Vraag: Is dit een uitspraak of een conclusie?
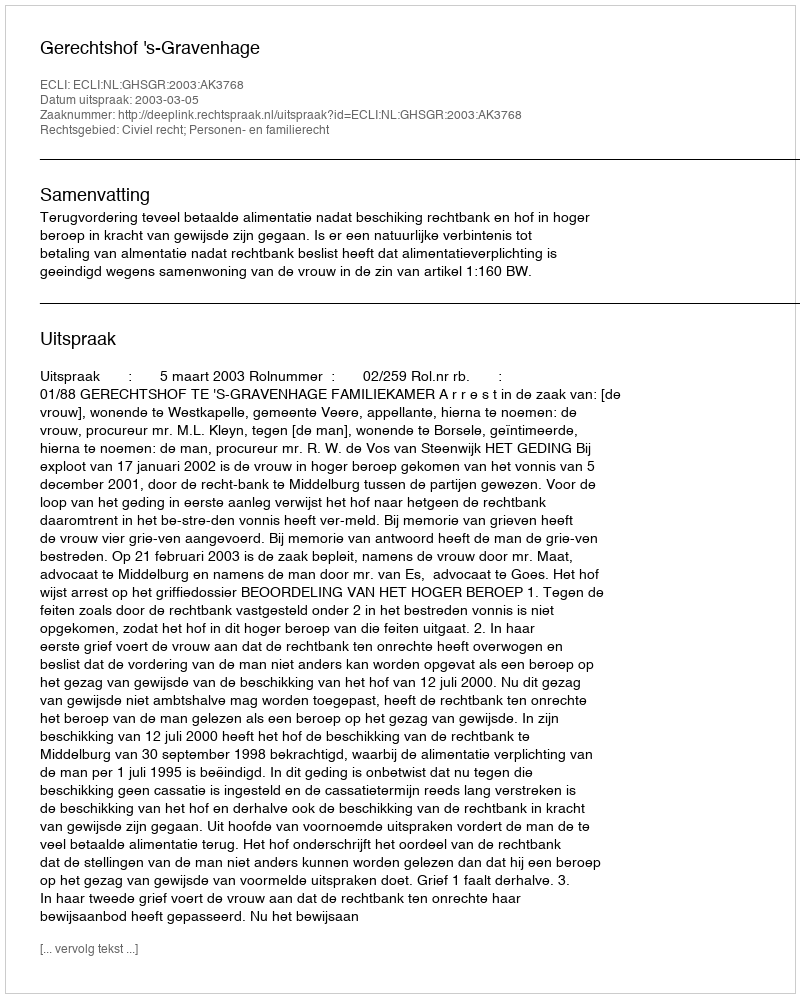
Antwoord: Uitspraak